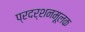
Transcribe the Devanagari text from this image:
प्रदर्शनमूलक